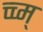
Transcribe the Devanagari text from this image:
च्च्म्